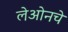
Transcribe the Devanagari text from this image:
लेओनचे